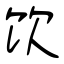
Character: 饮